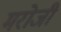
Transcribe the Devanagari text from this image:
मरोजी